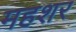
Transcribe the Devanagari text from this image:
महशर